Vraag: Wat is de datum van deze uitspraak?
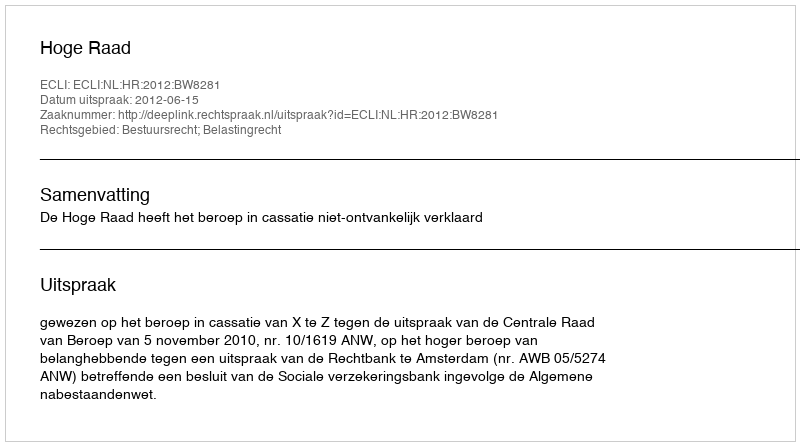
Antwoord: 2012-06-15